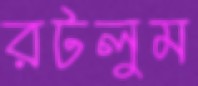
রটলুম